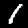
Digit: 1